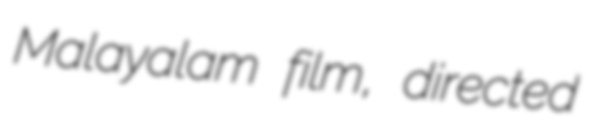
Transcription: Malayalam film, directed